Problem: 44 + 43 = ?
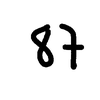
Handwritten answer: 87